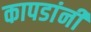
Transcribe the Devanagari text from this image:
कापडांनी